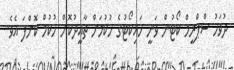
ދުވަހު ސްޕްރީމް ކޯޓުން ވަނީ ހައިކޯޓުގެ ހުކުމަށް ތާއީދުކޮށް ހުކުމް ކޮށްފަ އެވެ.